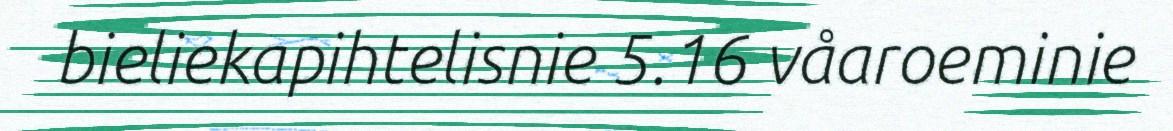
bieliekapihtelisnie 5.16 våaroeminie